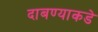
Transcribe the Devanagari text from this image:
दाबण्याकडे